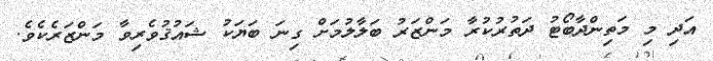
އަދި މި މަތިންދާބޯޓު ދަތުރުކުރާ މަންޒަރު ބަލާލުމަށް ގިނަ ބަޔަކު ޝައުޤުވެރިވާ މަންޒަރެކެވެ.